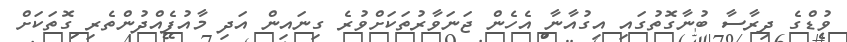
ވުޑްގެ ދިރާސާ ބުނާގޮތުގައި އިގުއާނާ އެހެން ޖަނަވާރުތަކަށްވުރެ ގިނައިން އަދި މާއުފެއްދުންތެރި ގޮތަކަށް